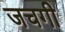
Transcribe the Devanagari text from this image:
जचगी